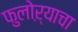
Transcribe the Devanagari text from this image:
फुलोऱ्याचा